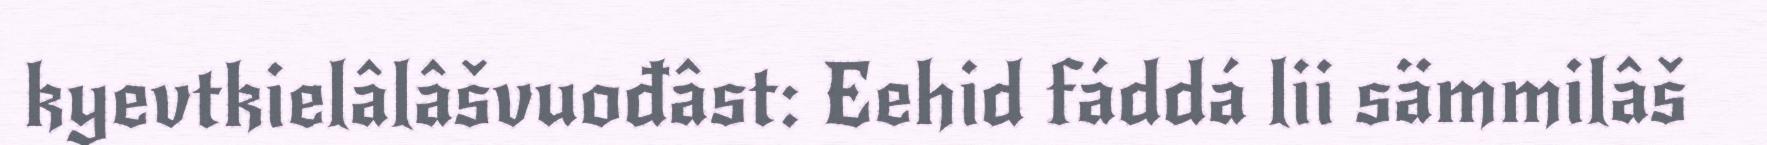
kyevtkielâlâšvuođâst: Eehid fáddá lii sämmilâš